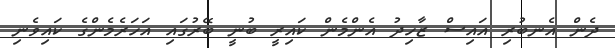
ދެން އެނބުރި އައިސް ޒާހިދު އެންމެން ކައިރީ ބުނީ ބޭރުގައި އަހަރެމެންގެ ކައިވެނި